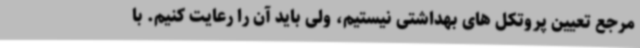
مرجع تعیین پروتکل های بهداشتی نیستیم، ولی باید آن را رعایت کنیم. با